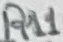
Text: R11